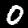
Digit: 0